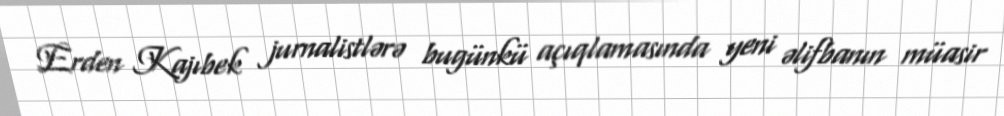
Erden Kajıbek jurnalistlərə bugünkü açıqlamasında yeni əlifbanın müasir